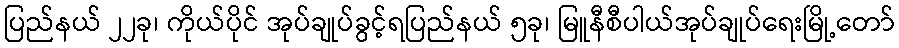
ပြည်နယ် ၂၂ခု၊ ကိုယ်ပိုင် အုပ်ချုပ်ခွင့်ရပြည်နယ် ၅ခု၊ မြူနီစီပါယ်အုပ်ချုပ်ရေးမြို့တော်